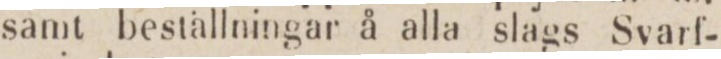
samt beställningar å alla slags Svarf-